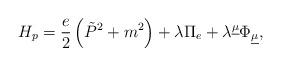
LaTeX: \begin{align*}H_{p} = \frac{e}{2} \left( \tilde{P}^2 + m^2 \right) + \lambda \Pi_{e} +\lambda^{\underline{\mu}}\Phi_{\underline{\mu}},\end{align*}